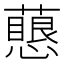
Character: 𧁊